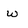
Character: w